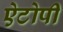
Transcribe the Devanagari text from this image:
ऐटोपी